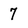
Character: 7